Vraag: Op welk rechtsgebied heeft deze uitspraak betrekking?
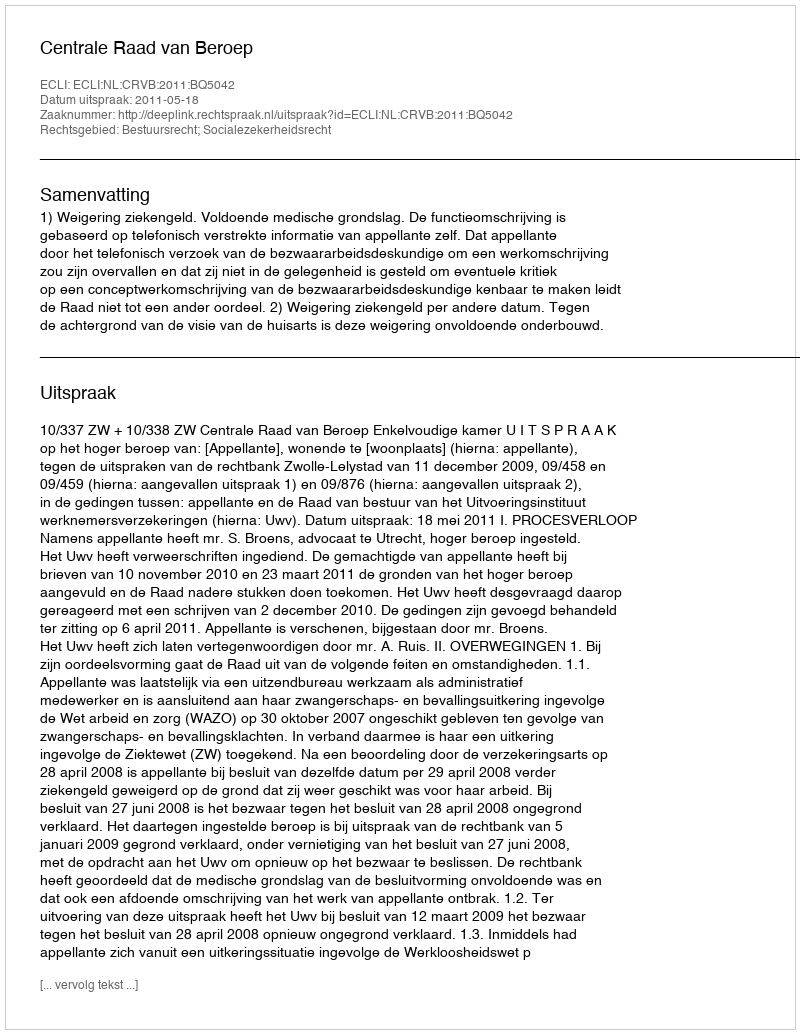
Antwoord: Bestuursrecht; Socialezekerheidsrecht